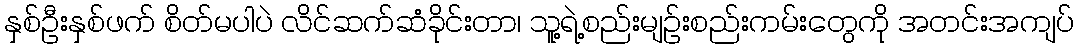
နှစ်ဦးနှစ်ဖက် စိတ်မပါပဲ လိင်ဆက်ဆံခိုင်းတာ၊ သူ့ရဲ့စည်းမျဉ်းစည်းကမ်းတွေကို အတင်းအကျပ်